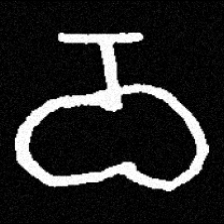
Pyu character \u2014 Myanmar letter: ဝ (romanized: wa)